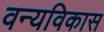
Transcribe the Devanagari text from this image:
वन्यविकास